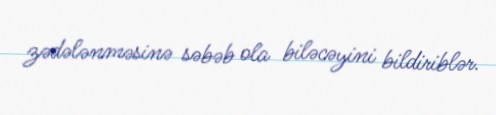
zədələnməsinə səbəb ola biləcəyini bildiriblər.